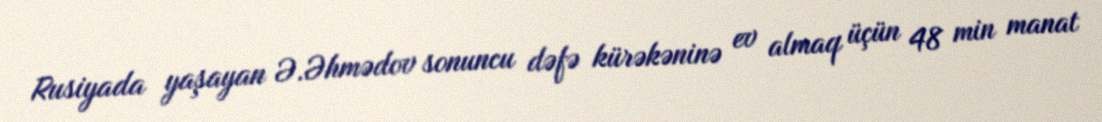
Rusiyada yaşayan Ə.Əhmədov sonuncu dəfə kürəkəninə ev almaq üçün 48 min manat